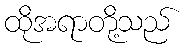
ထိုအရာတို့သည်